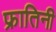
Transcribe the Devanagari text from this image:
फ्रातिनी